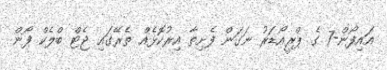
އައިފޯން-7 ގެ ޕްރީއޯޑަރު ނަގަން ފެށިތާ އިރުކޮޅެއް ތެރޭގައި ޖެޓް ބްލެކް ފޯން